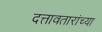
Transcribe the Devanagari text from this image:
दत्तावतारांच्या